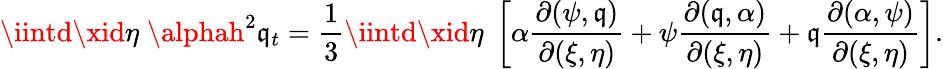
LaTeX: \iintd\xid\eta\; \alphah^{2}\mathfrak{q}_{t}=\frac{{1}}{{3}}\iintd\xid\eta\; \left[\alpha\frac{{\partial(\psi,\mathfrak{q})}}{{\partial(\xi,\eta)}}+\psi\frac{{\partial(\mathfrak{q},\alpha)}}{{\partial(\xi,\eta)}}+\mathfrak{q}\frac{{\partial(\alpha,\psi)}}{{\partial(\xi,\eta)}}\right].